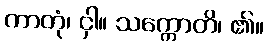
ကာတုံ၊ ငှါ။ သက္ကောတိ၊ ၏။